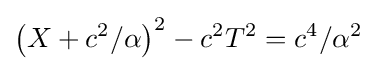
\left(X+c^{2}/\alpha \right)^{2}-c^{2}T^{2}=c^{4}/\alpha ^{2}